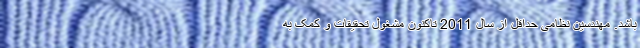
باشد. مهندسین نظامی حداقل از سال 2011 تاکنون مشغول تحقیقات و کمک به